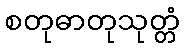
စတုဓာတုသုတ္တံ